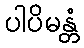
ပါပိမန္တံ